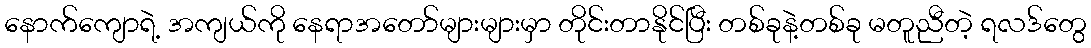
နောက်ကျောရဲ့ အကျယ်ကို နေရာအတော်များများမှာ တိုင်းတာနိုင်ပြီး တစ်ခုနဲ့တစ်ခု မတူညီတဲ့ ရလဒ်တွေ